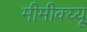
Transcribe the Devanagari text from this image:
मीमीक्य्यू